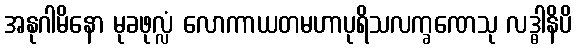
အနုဂါမိနော မုခဖုလ္လံ လောကာယတမဟာပုရိသလက္ခဏေသု လဒ္ဓါနိပိ